Annual report of the Bengal Veterinary College and of the Civil Veterinary Department, Bengal, for the year 1899-1900 - 1899-1900
Year: 1899
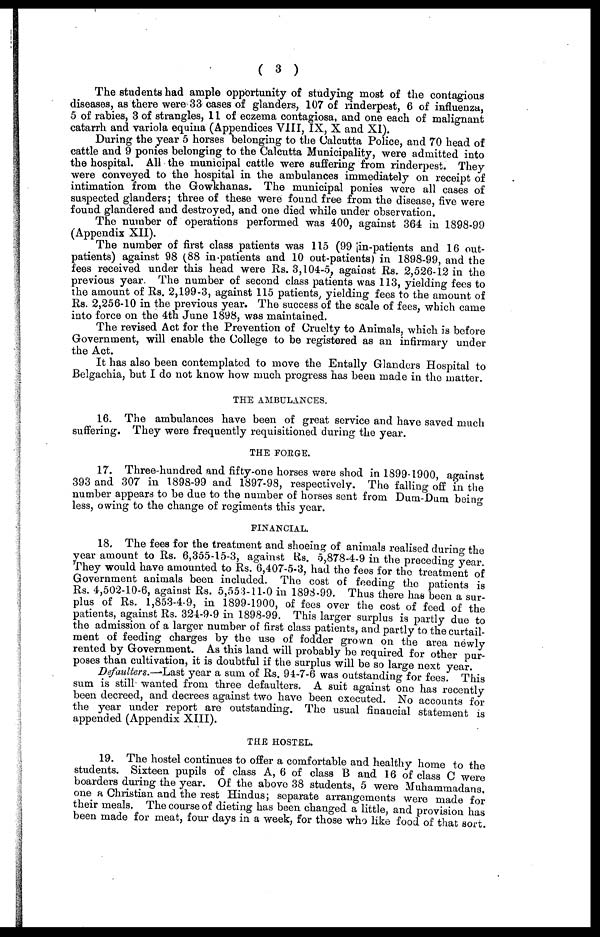
( 3 )
The students had ample opportunity of studying most of the contagious
diseases, as there were 33 cases of glanders, 107 of rinderpest, 6 of influenza,
5 of rabies, 3 of strangles, 11 of eczema contagiosa, and one each of malignant
catarrh and variola equina (Appendices VIII, IX, X and XI).
During the year 5 horses belonging to the Calcutta Police, and 70 head of
cattle and 9 ponies belonging to the Calcutta Municipality, were admitted into
the hospital. All the municipal cattle were suffering from rinderpest. They
were conveyed to the hospital in the ambulances immediately on receipt of
intimation from the Gowkhanas. The municipal ponies were all cases of
suspected glanders; three of these were found free from the disease, five were
found glandered and destroyed, and one died while under observation.
The number of operations performed was 400, against 364 in 1898-99
(Appendix XII).
The number of first class patients was 115 (99 in-patients and 16 out-
patients) against 98 (88 in-patients and 10 out-patients) in 1898-99, and the
fees received under this head were Rs. 3,104-5, against Rs. 2,526-12 in the
previous year. The number of second class patients was 113, yielding fees to
the amount of Rs. 2,199-3, against 115 patients, yielding fees to the amount of
Rs. 2,256-10 in the previous year. The success of the scale of fees, which came
into force on the 4th June 1898, was maintained.
The revised Act for the Prevention of Cruelty to Animals, which is before
Government, will enable the College to be registered as an infirmary under
the Act.
It has also been contemplated to move the Entally Glanders Hospital to
Belgachia, but I do not know how much progress has been made in the matter.
THE AMBULANCES.
16. The ambulances have been of great service and have saved much
suffering. They were frequently requisitioned during the year.
THE FORGE.
17. Three -hundred and fifty-one horses were shod in 1899-1900 against
393 and 307 in 1898-99 and 1897-98, respectively. The falling off in the
number appears to be due to the number of horses sent from Dum-Dum being-
less, owing to the change of regiments this year.
FINANCIAL.
18. The fees for the treatment and shoeing of animals realised during the
year amount to Rs. 6,355-15-3 against Rs. 5,878-4-9 in the preceding year
They would have amounted to Rs. 6,407-5-3, had the fees for the treatment of
Government animals been included. The cost of feeding the patients is
Rs. 4,502-10-6, against Rs. 5,553-11-0 in 1898-99. Thus there has boon a sur-
plus of Rs. 1,853-4-9, in 1899-1900, of fees over the cost of feed of the
patients, against Rs. 324-9-9 in 1898-99. This larger surplus is partly due to
the admission of a larger number of first class patients, and partly to the curtail-
ment of feeding charges by the use of fodder grown on the area newly
rented by Government. As this land will probably be required for other pur
poses than cultivation, it is doubtful if the surplus will be so large next year
Defaulters.—Last year a sum of Rs. 94-7-6 was outstanding for fees This
sum is still- wanted from three defaulters. A suit against one has recently
been decreed, and decrees against two have been executed. No accounts for
the year under report are outstanding. The usual financial statement is
appended (Appendix XIII).
THE HOSTEL.
19. The hostel continues to offer a comfortable and healthy home to the
students. Sixteen pupils of class A, 6 of class B and 16 of class C were
boarders during the year. Of the above 38 students, 5 were Muhammadans.
one a Christian and the rest Hindus; separate arrangements were made for
their meals The course of dieting has been changed a little, and provision has
been made for meat, four days in a week, for those who like food of that sort